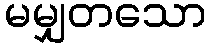
မမျှတသော